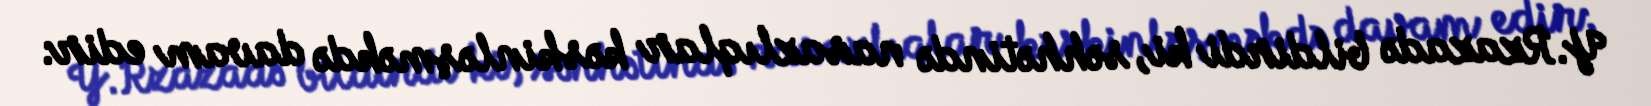
Y.Rzazadə bildirdi ki, səhhətində nasazlıqlar kəskinləşməkdə davam edir: